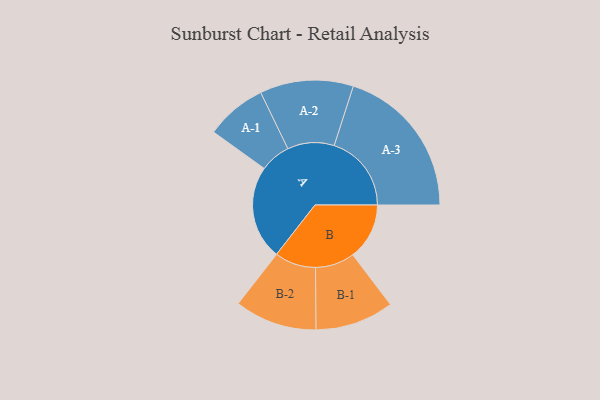
{"axis": {"x": "Segment", "y": "Value"}, "legend": ["", "A", "B"], "data": [{"x": "A", "y": 354, "type": ""}, {"x": "B", "y": 213, "type": ""}, {"x": "A-1", "y": 115, "type": "A"}, {"x": "A-2", "y": 176, "type": "A"}, {"x": "A-3", "y": 291, "type": "A"}, {"x": "B-1", "y": 148, "type": "B"}, {"x": "B-2", "y": 155, "type": "B"}]}